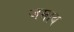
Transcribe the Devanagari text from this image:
जमाब